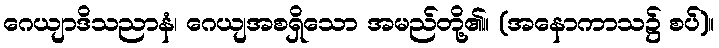
ဂေယျာဒိသညာနံ၊ ဂေယျအစရှိသော အမည်တို့၏။ (အနောကာသ၌ စပ်)။